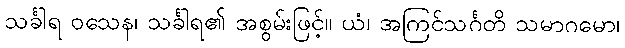
သင်္ခါရ ဝသေန၊ သင်္ခါရ၏ အစွမ်းဖြင့်။ ယံ၊ အကြင်သင်္ဂတိ သမာဂမော၊